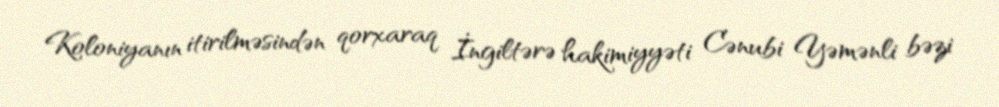
Koloniyanın itirilməsindən qorxaraq İngiltərə hakimiyyəti Cənubi Yəmənli bəzi